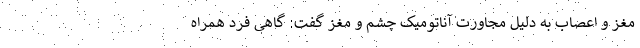
مغز و اعصاب به دلیل مجاورت آناتومیک چشم و مغز گفت: گاهی فرد همراه